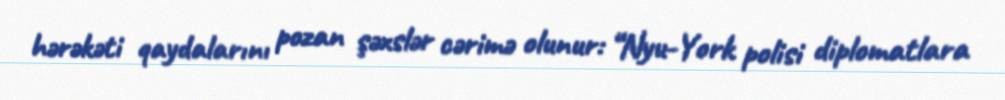
hərəkəti qaydalarını pozan şəxslər cərimə olunur: “Nyu-York polisi diplomatlara